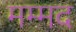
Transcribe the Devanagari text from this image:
मम्मद